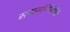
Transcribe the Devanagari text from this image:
समाजनिर्मितीचे